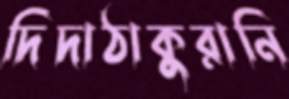
দিদাঠাকুরানি